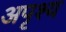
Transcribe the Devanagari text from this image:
अपृश्‍य